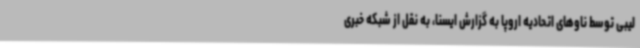
لیبی توسط ناوهای اتحادیه اروپا به گزارش ایسنا، به نقل از شبکه خبری